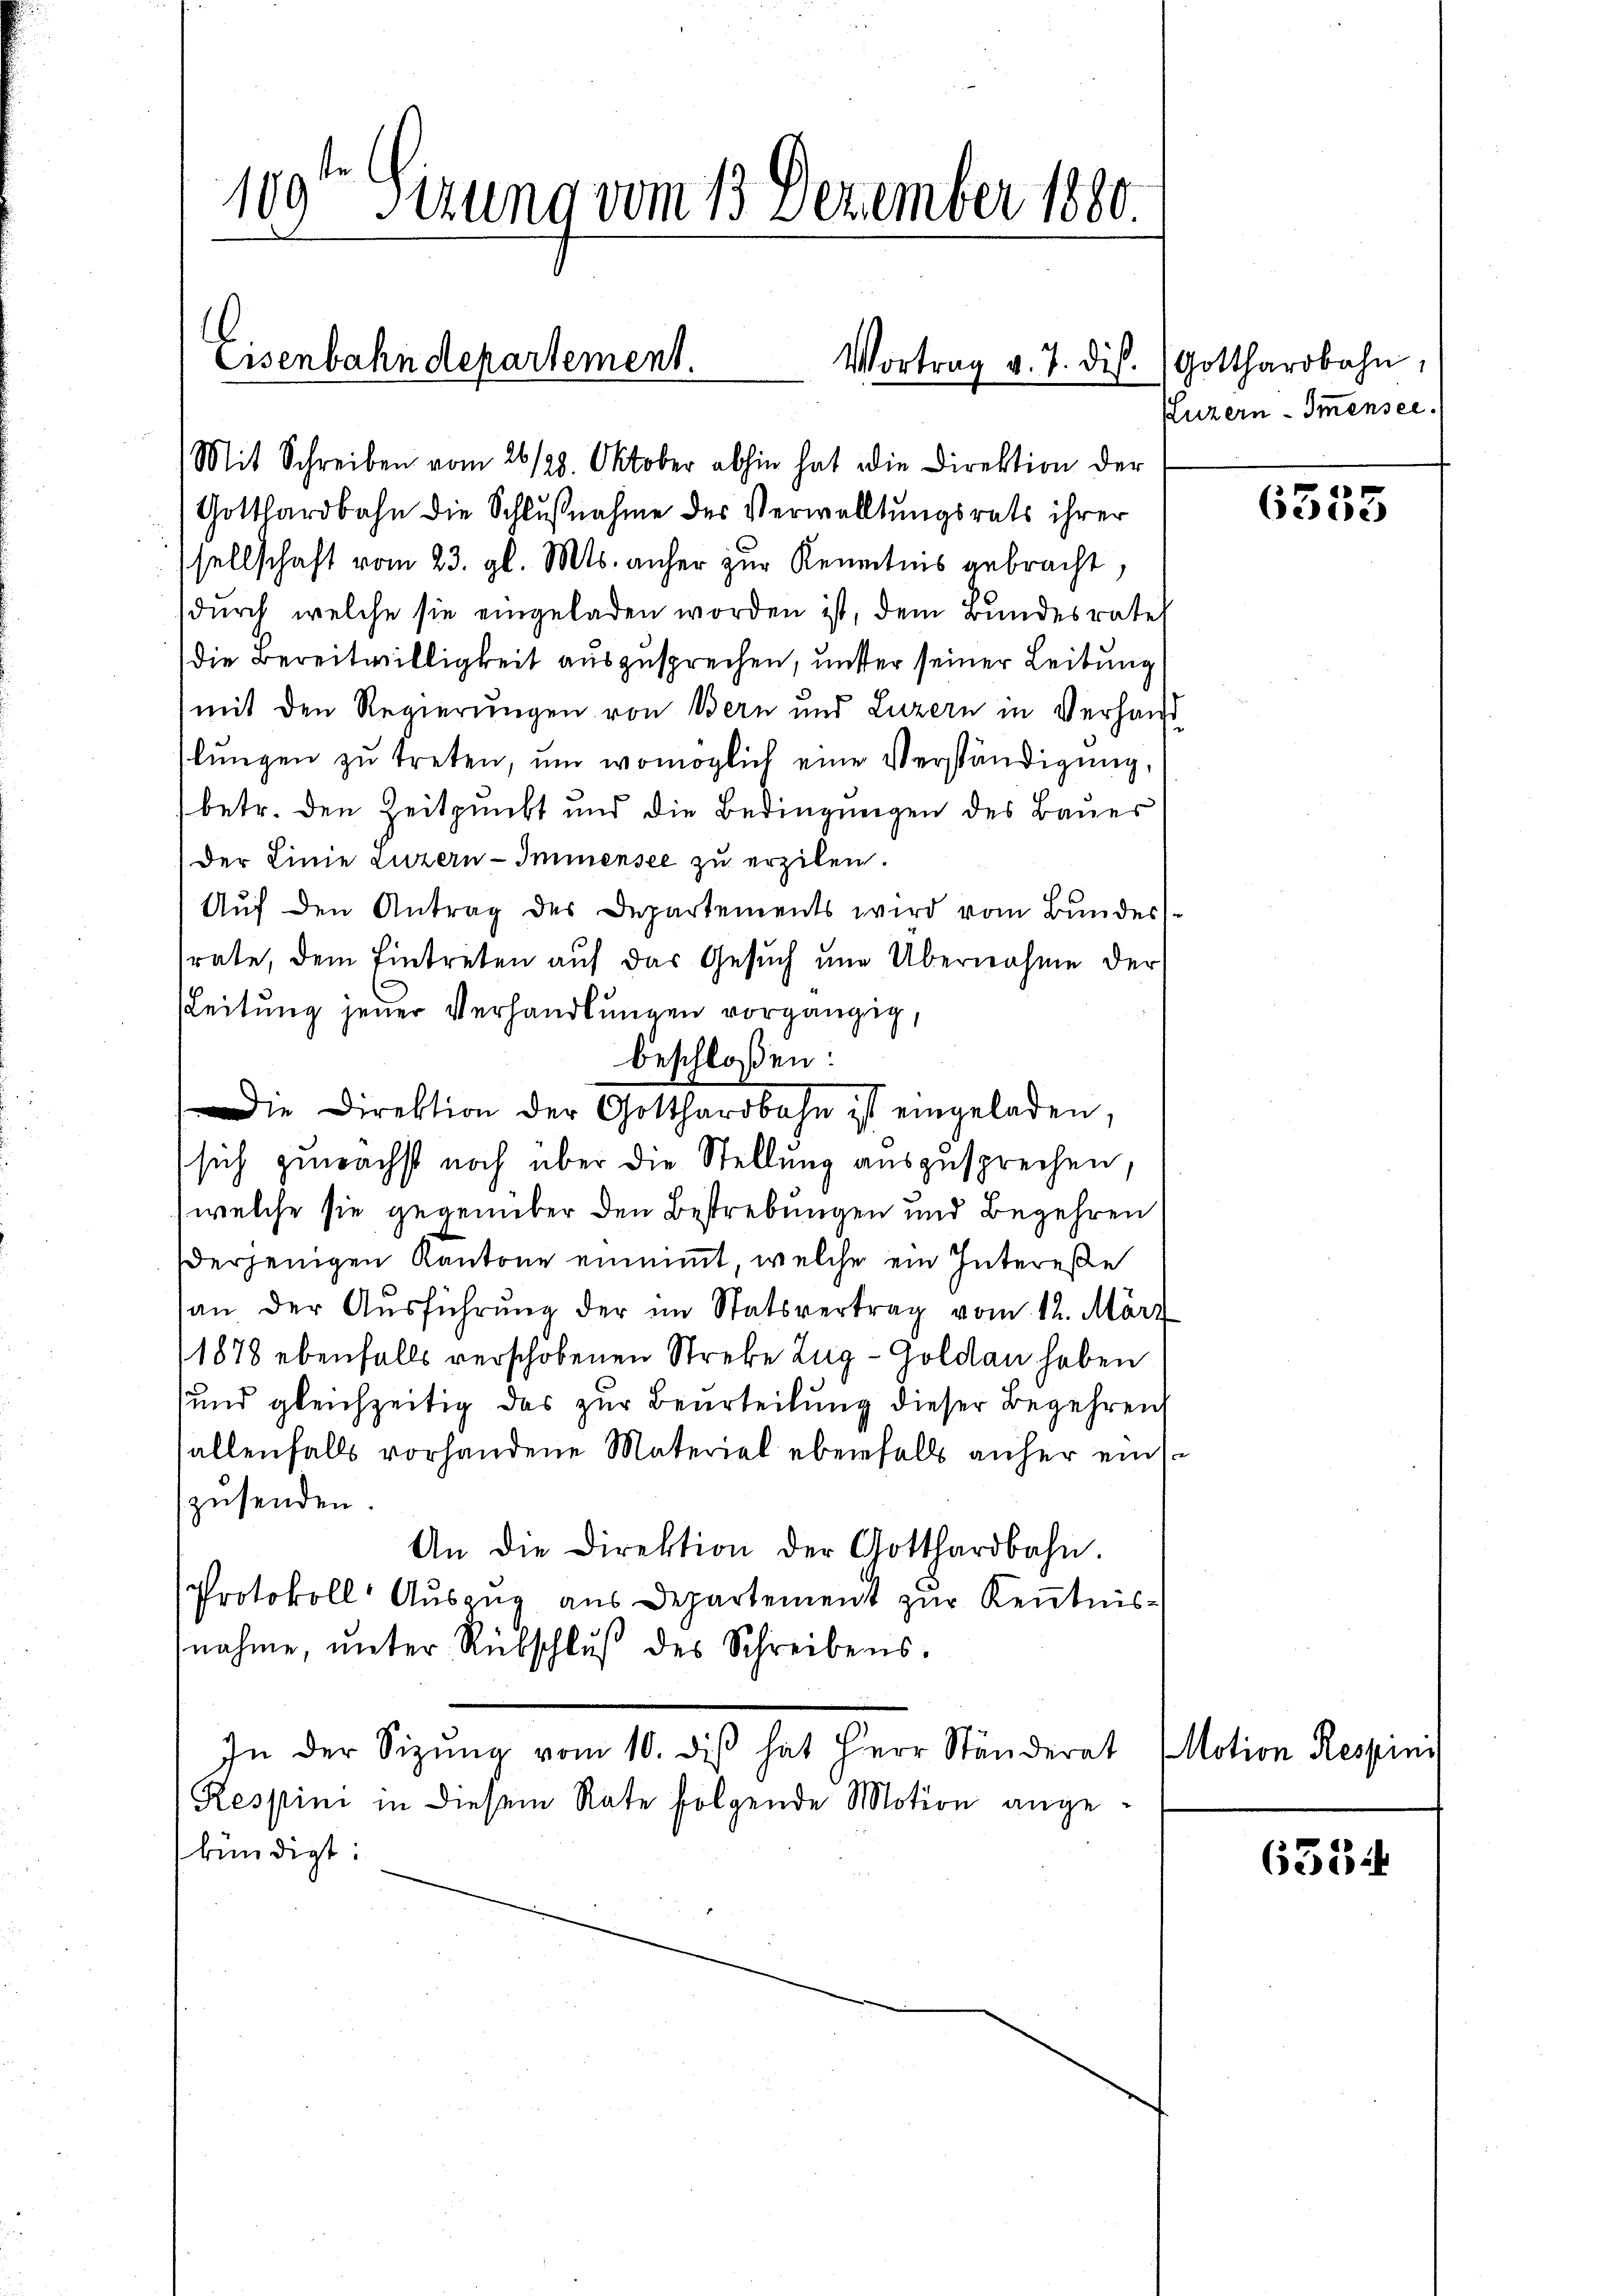
109ten Sitzung vom 13. Dezember 1880

Eisenbahndepartement.

Mit Schreiben vom 26/28. Oktober abhin hat die Direktion der
Gotthardbahn die Schlußnahme der Verwaltungsrats ihrer
sellschaft vom 23. gl. Mts. anher zur Kenntnis gebracht.
(durch welche sie eingeladen worden ist, dem Bundesratet
die Bereitwilligkeit auszusprechen, unter seiner Leitung
mit den Regierungen von Bern und Luzern in Verhand
lŭngen zŭ treten, um womöglich eine Verständigung,
(betr. den Zeitpunkt und die Bedingungen des Bauer
Der Linie Luzern Immensee zu erzilen.
Auf den Antrag des Departements wird vom Bundesrate, dem Eintreten auf das Gesuch um Übernahme der
Leitung jener Verhandlungen vorgängig,
sich zunächst noch über die Stellung auszusprechen,
welche sie gegenüber den Bestrebungen und Begehren
derjenigen Kantone einnimmt, welche ein Intereße
an der Aŭsführŭng der im Statsvertrag vom 12. März
1878 ebenfalls verschobenen Streke Zug–Goldau haben
und gleichzeitig das zur Beurteilung dieser Begehren
allenfalls vorhandene Materiel ebenfalls anher einzusenden.
An die Direktion der Gotthardbahn
Protokoll Auszug aus Departement zur Kenntnisnahme, ŭnter Rübschlŭβ des Schreibens.
In der Sitzŭng vom 10. diβ hat Herr Ständerat
Ressini in diesem Rate folgende Motion angekündigt:

beschloßen:

Die Direktion der Gotthardbahn ist eingeladen,

Vortrag v. 7. ds. Gotthardbahn,

Luzern Immensee.

6353

Motion Respini

635